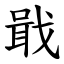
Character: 戢